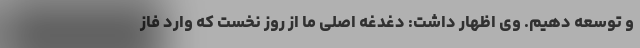
و توسعه دهیم. وی اظهار داشت: دغدغه اصلی ما از روز نخست که وارد فاز